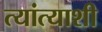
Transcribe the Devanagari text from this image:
त्यांत्याशी